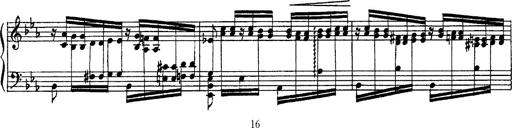
Title: Fantaisie sur des motifs favoris de l'opÃ©ra 'La sonnambula'
Composer: Franz Liszt